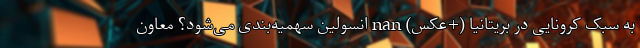
به سبک کرونایی در بریتانیا (+عکس) nan انسولین سهمیه‌بندی می‌شود؟ معاون